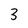
Character: 3